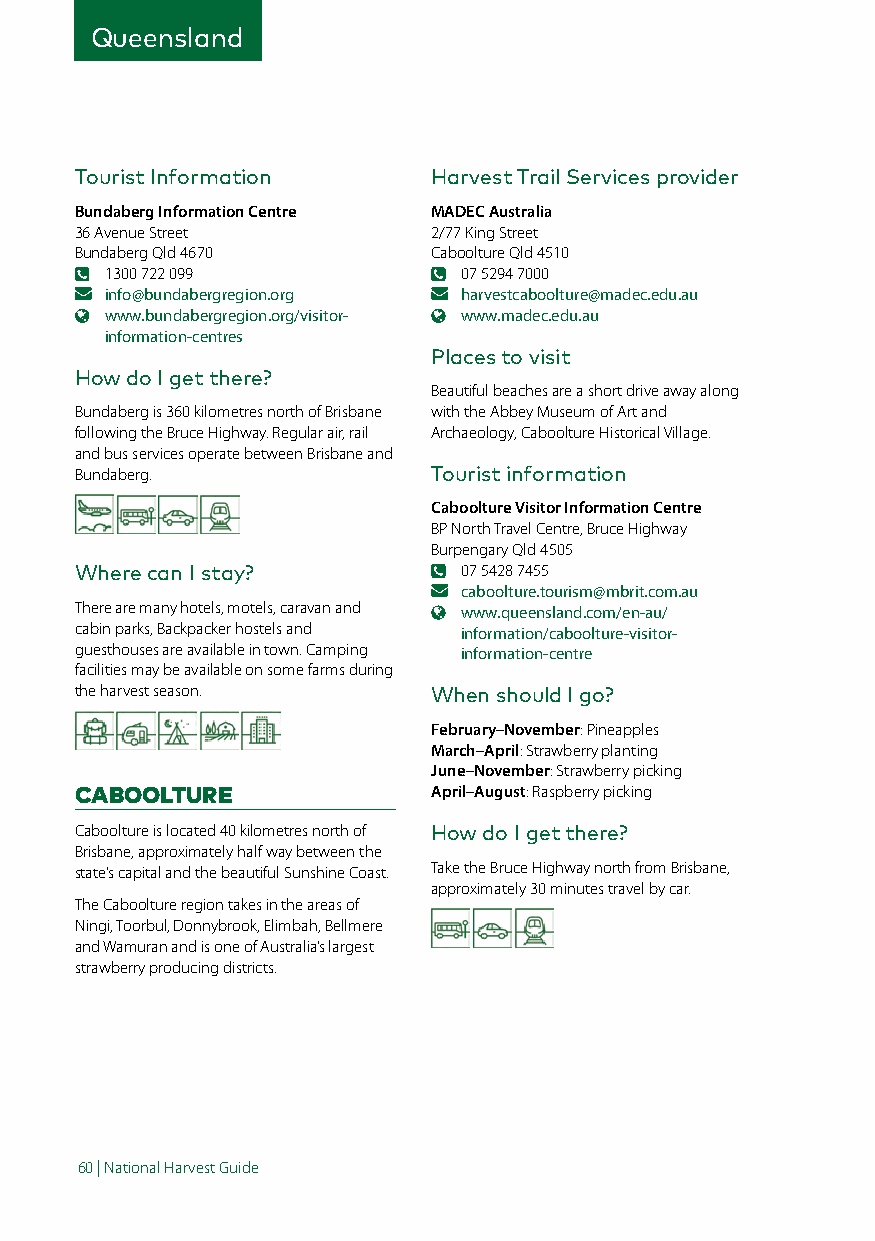
Queensland
 Tourist Information     Harvest Trail Services provider
 Bundaberg Information Centre MADEC Australia
 36 Avenue Street        2/77 King Street
 Bundaberg Qld 4670      Caboolture Qld 4510
 1300 722 099           07 5294 7000
 info@bundabergregion.org harvestcaboolture@madec.edu.au
 www.bundabergregion.org/visitor- www.madec.edu.au
 information-centres
 Places to visit
 How do I get there?
 Beautiful beaches are a short drive away along
 Bundaberg is 360 kilometres north of Brisbane with the Abbey Museum of Art and
 following the Bruce Highway. Regular air, rail Archaeology, Caboolture Historical Village.
 and bus services operate between Brisbane and
 Bundaberg.              Tourist information
 Caboolture Visitor Information Centre
 BP North Travel Centre, Bruce Highway
 Burpengary Qld 4505
 Where can I stay?        07 5428 7455
 caboolture.tourism@mbrit.com.au
 There are many hotels, motels, caravan and www.queensland.com/en-au/
 cabin parks, Backpacker hostels and information/caboolture-visitor-
 guesthouses are available in town. Camping information-centre
 facilities may be available on some farms during
 the harvest season.     When should I go?
 February–November: Pineapples
 March–April: Strawberry planting
 June–November: Strawberry picking
 CABOOLTURE              April–August: Raspberry picking
 Caboolture is located 40 kilometres north of How do I get there?
 Brisbane, approximately half way between the
 state’s capital and the beautiful Sunshine Coast. Take the Bruce Highway north from Brisbane,
 approximately 30 minutes travel by car.
 The Caboolture region takes in the areas of
 Ningi, Toorbul, Donnybrook, Elimbah, Bellmere
 and Wamuran and is one of Australia’s largest
 strawberry producing districts.
 60 | National Harvest Guide